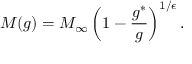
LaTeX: M ( g ) = M _ { \infty } \left( 1 - \frac { g ^ { * } } { g } \right) ^ { 1 / \epsilon } .